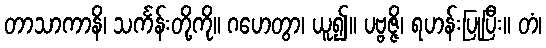
တာသာကာနိ၊ သင်္ကန်းတို့ကို။ ဂဟေတွာ၊ ယူ၍။ ပဗ္ဗဇ္ဇိ၊ ရဟန်းပြုပြီး။ တံ၊